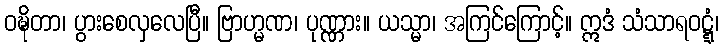
ဝဍ္ဎိတာ၊ ပွားစေလှလေပြီ။ ဗြာဟ္မဏ၊ ပုဏ္ဏား။ ယသ္မာ၊ အကြင်ကြောင့်။ ဣဒံ သံသာရဝဋ္ဋံ၊